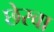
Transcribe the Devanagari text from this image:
छेरवा